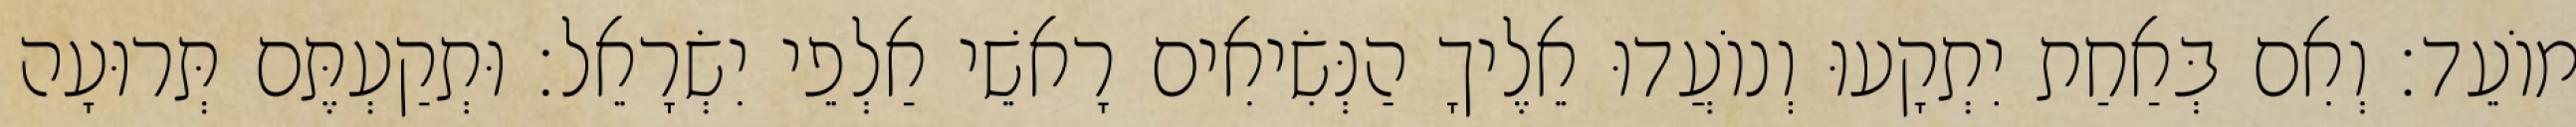
מוֹעֵד׃ וְאִם בְּאַחַת יִתְקָעוּ וְנוֹעֲדוּ אֵלֶיךָ הַנְּשִׂיאִים רָאשֵׁי אַלְפֵי יִשְׂרָאֵל׃ וּתְקַעְתֶּם תְּרוּעָה